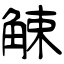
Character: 觫